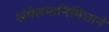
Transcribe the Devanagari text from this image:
संमेलनानिमित्ताने